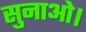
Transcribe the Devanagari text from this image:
सुनाओ।